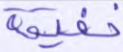
خفيفة